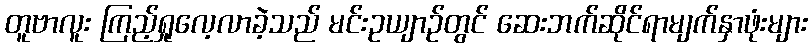
တူဗာလူး ကြည့်ရှုလေ့လာခဲ့သည် မင်းဥယျာဉ်တွင် ဆေးဘက်ဆိုင်ရာမျက်နှာဖုံးများ